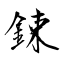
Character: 鋉